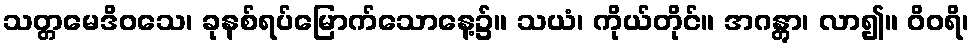
သတ္တမေဒိဝသေ၊ ခုနစ်ရပ်မြောက်သောနေ့၌။ သယံ၊ ကိုယ်တိုင်။ အဂန္တွာ၊ လာ၍။ ဝိဝရိ၊